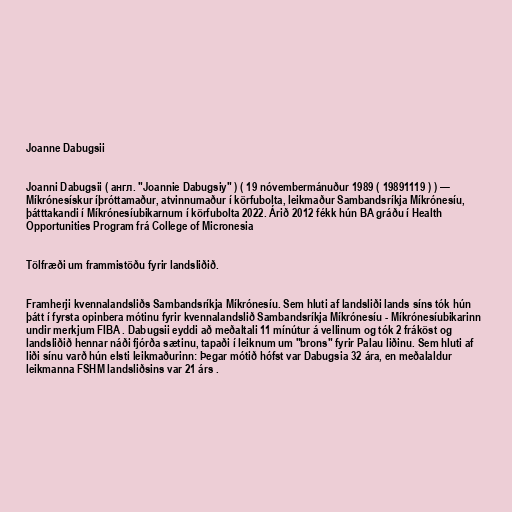
Joanne Dabugsii

Joanni Dabugsii ( англ. "Joannie Dabugsiy" ) ( 19 nóvembermánuður 1989 ( 19891119 ) ) —
Míkrónesískur íþróttamaður, atvinnumaður í körfubolta, leikmaður Sambandsríkja Míkrónesíu,
þátttakandi í Míkrónesíubikarnum í körfubolta 2022. Árið 2012 fékk hún BA gráðu í Health
Opportunities Program frá College of Micronesia

Tölfræði um frammistöðu fyrir landsliðið.

Framherji kvennalandsliðs Sambandsríkja Míkrónesíu. Sem hluti af landsliði lands síns tók hún
þátt í fyrsta opinbera mótinu fyrir kvennalandslið Sambandsríkja Míkrónesíu - Míkrónesíubikarinn
undir merkjum FIBA . Dabugsii eyddi að meðaltali 11 mínútur á vellinum og tók 2 fráköst og
landsliðið hennar náði fjórða sætinu, tapaði í leiknum um "brons" fyrir Palau liðinu. Sem hluti af
liði sínu varð hún elsti leikmaðurinn: Þegar mótið hófst var Dabugsia 32 ára, en meðalaldur
leikmanna FSHM landsliðsins var 21 árs .